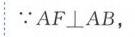
$\because AF\perp AB,$